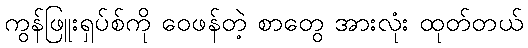
ကွန်ဖြူးရှပ်စ်ကို ဝေဖန်တဲ့ စာတွေ အားလုံး ထုတ်တယ်